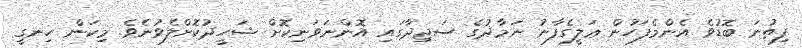
ފިތުނަ ބޮޑުވެ އެންމެފަހުން ޢަލީގެފާނު ނަމާދުގެ ސަޖިދާގައި އޮންނަވަނިކޮށް ޝަހީދުކޮށްލެވުނެވެ. މިކަން ހިނގީ